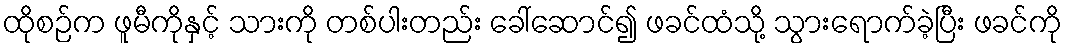
ထိုစဉ်က ဖူမီကိုနှင့် သားကို တစ်ပါးတည်း ခေါ်ဆောင်၍ ဖခင်ထံသို့ သွားရောက်ခဲ့ပြီး ဖခင်ကို